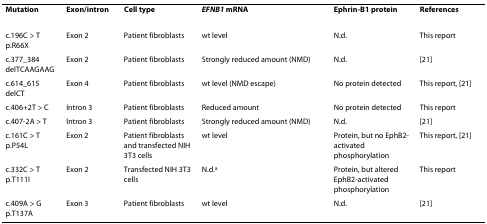
| Mutation | Exon/intron | Cell type | EFNB1 mRNA | Ephrin-B1 protein | References |
 | --- | --- | --- | --- | --- | --- |
 | c.196C > Tp.R66X | Exon 2 | Patient fibroblasts | wt level | N.d. | This report |
 | c.377_384delTCAAGAAG | Exon 2 | Patient fibroblasts | Strongly reduced amount (NMD) | N.d. | [21] |
 | c.614_615delCT | Exon 4 | Patient fibroblasts | wt level (NMD escape) | No protein detected | This report, [21] |
 | c.406+2T > C | Intron 3 | Patient fibroblasts | Reduced amount | No protein detected | This report |
 | c.407-2A > T | Intron 3 | Patient fibroblasts | Strongly reduced amount (NMD) | N.d. | [21] |
 | c.161C > Tp.P54L | Exon 2 | Patient fibroblasts and transfected NIH 3T3 cells | wt level | Protein, but no EphB2-activated phosphorylation | This report, [21] |
 | c.332C > Tp.T111I | Exon 2 | Transfected NIH 3T3 cells | N.d.a | Protein, but altered EphB2-activated phosphorylation | This report |
 | c.409A > Gp.T137A | Exon 3 | Patient fibroblasts | wt level | N.d. | [21] |